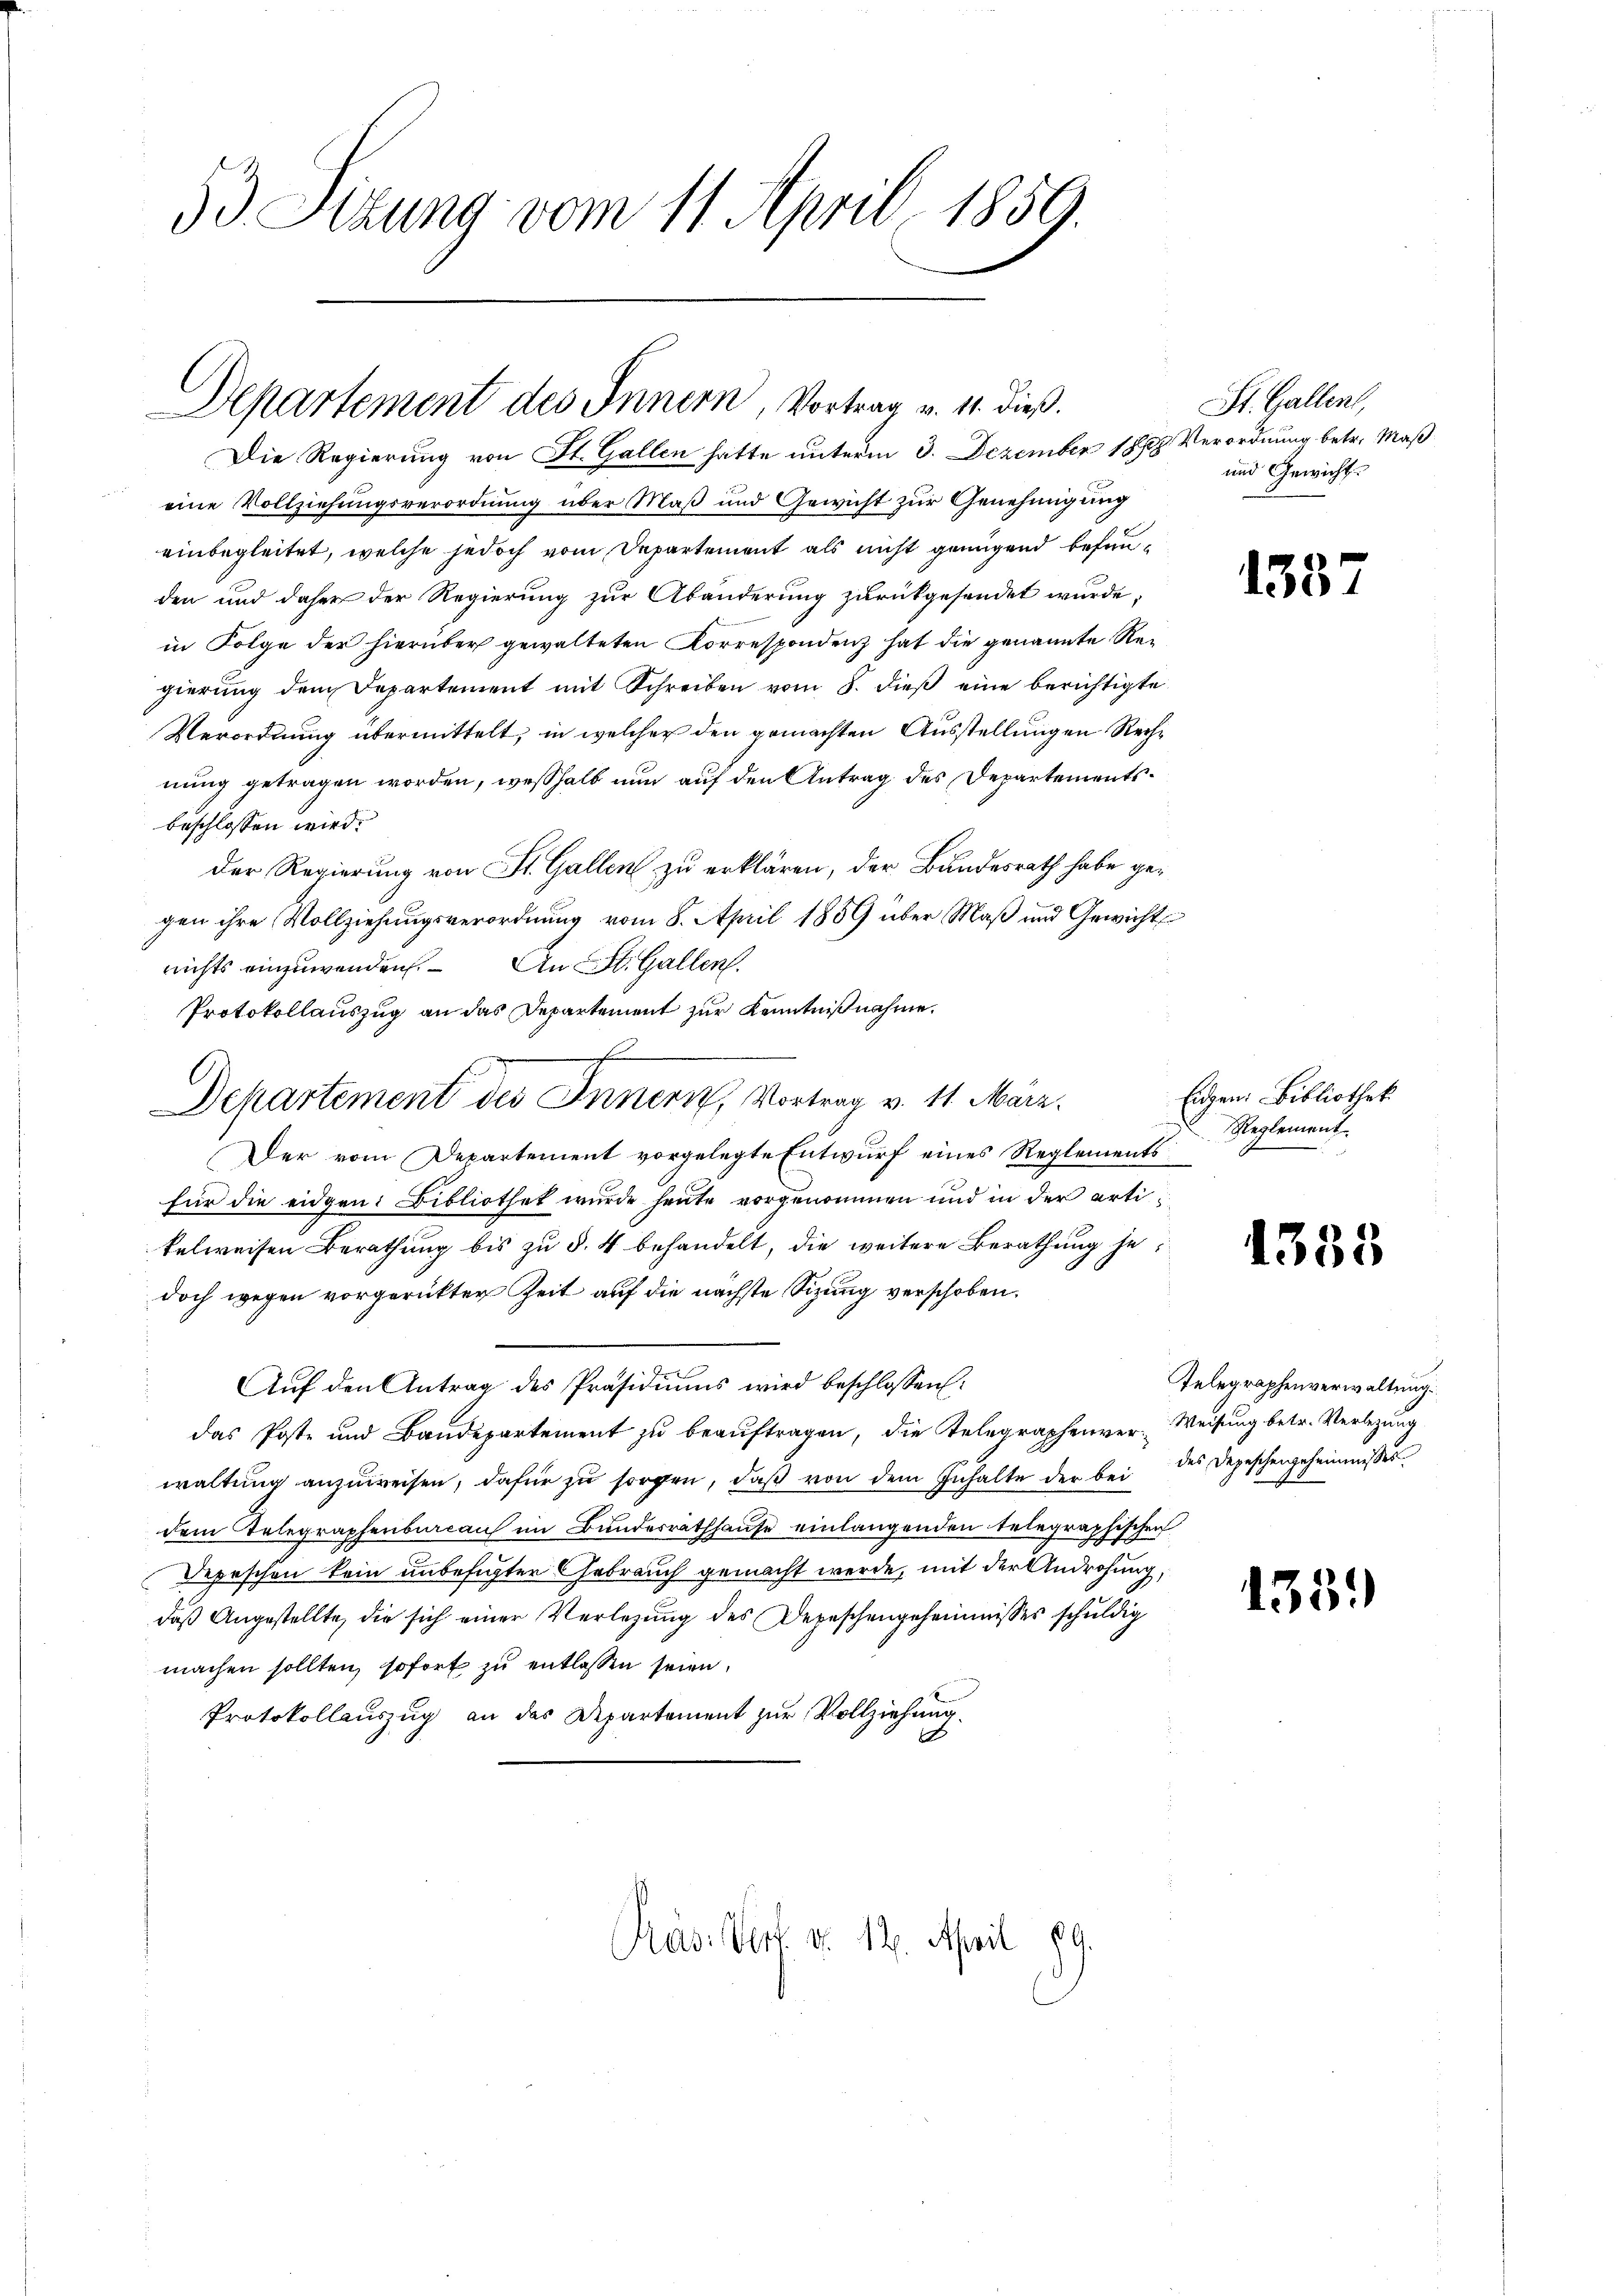
33. Sitzung vom 11. April 1859.

Departement des Innern, Vortrag v. 11. dieß.

Departement des Innern, Vortrag v. 11. März.

Prasiert u. 12. April 189

Die Regierung von St. Gallen hatte unterm 3. Dezember 1889 Verordnung betr. Maß
eine Vollziehungsverordnung über Maß und Gewicht zur Genehmigung
einbegleitet, welche jedoch vom Departement als nicht genügend befunden und daher der Regierung zur Abänderung zurückgesendet wurde,
in Folge der hierüber gewalteten Korrespondenz hat die genannte Regierŭng dem Departement mit Schreiben vom 8. dieβ eine berichtigte
Verordnung übermittelt, in welcher den gemachten Ausstellungen Rechnung getragen worden, weßhalb nun auf den Antrag des Departementsbeschlossen wird.
Der Regierung von St. Gallen zu erklären, der Bundesrath habe gegen ihre Vollziehungsverordnung vom 8. April 1859 über Maß und Gewicht
nichts einzuwenden. An St. Gallen.
Protokollauszug an das Departement zur Kenntnißnahme.
Der vom Departement vorgelegte Entwurf eines Reglements
für die eidgen: Bibliothet wurde heute vorgenommen und in der artikelweisen Berathung bis zu §. 4 behandelt, die weitere Berathung jedoch wegen vorgerückter Zeit auf die nächste Sizung verschoben.
Aŭf den Antrag des Präsidiŭms wird beschlossen:
das Poste und Baudepartement zu beauftragen, die Telegraphenver-Weisung betr. Verlegung
waltung anzuweisen, dafür zu sorgen, daß von dem Inhalte der bei des Depeschengeheimnisses
dem Telegraphenbureau im Bundesrathhause einlangenden telegraphischen
Depeschen kein unbefugter Gebrauch gemacht werde, mit der Androhung,
daß Angestellte, die sich einer Verlegung des Depeschengeheimnisses schuldig
machen sollten, sofort zu entlassen seien.
Protokollauszug an das Departement zur Vollziehung.

St. Gallen,
und Gewicht.

138.

Eidgen. Bibliothek
Reglement

1335

Telegraphenverwaltung.

1339)